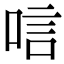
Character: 唁